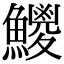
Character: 𩼕